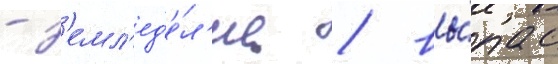
- з'емл'ед'е́л'ие / вы́пас